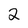
Character: 2